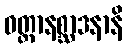
ဝတ္ထာနစ္ဆာဒနာနိ